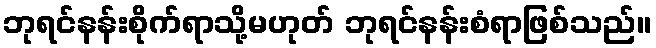
ဘုရင်နန်းစိုက်ရာသို့မဟုတ် ဘုရင်နန်းစံရာဖြစ်သည်။